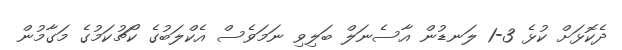
ދެކޮޅަށް ކުޅެ 3-1 ލަނޑުން އާސެނަލް ބަލިވި ނަމަވެސް އެކްލަބުގެ ކޯޗުކަމުގެ މަގާމުން